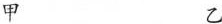
甲 乙